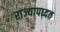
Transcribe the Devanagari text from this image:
राज्यापध्दत